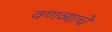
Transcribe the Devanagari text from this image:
वणव्याचे